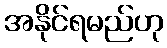
အနိုင်ရမည်ဟု